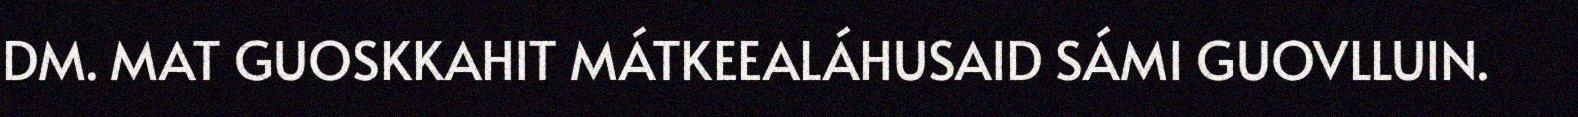
DM. MAT GUOSKKAHIT MÁTKEEALÁHUSAID SÁMI GUOVLLUIN.